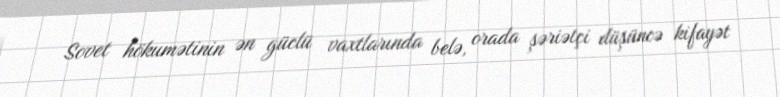
Sovet hökumətinin ən güclü vaxtlarında belə, orada şəriətçi düşüncə kifayət